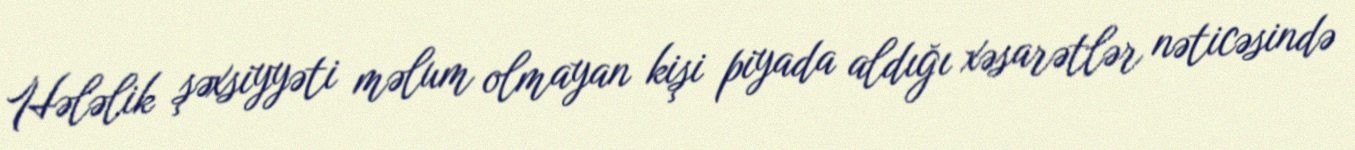
Hələlik şəxsiyyəti məlum olmayan kişi piyada aldığı xəsarətlər nəticəsində